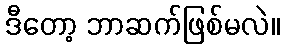
ဒီတော့ ဘာဆက်ဖြစ်မလဲ။